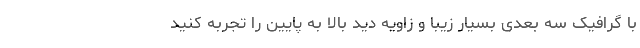
با گرافیک سه بعدی بسیار زیبا و زاویه دید بالا به پایین را تجربه کنید